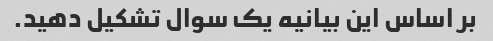
بر اساس این بیانیه یک سوال تشکیل دهید.